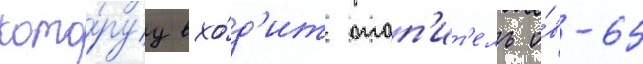
кото́руу вхо́д'ит отоп'ит'ель о́в-65